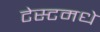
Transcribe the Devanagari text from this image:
टेस्टमधे